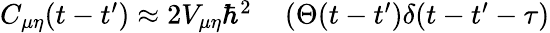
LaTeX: \begin{array}{rl}{C_{\mu\eta}(t-t^{\prime})\approx 2V_{\mu\eta}\hbar^{2}}&{{}\left(\Theta(t-t^{\prime})\delta(t-t^{\prime}-\tau)\right.}\end{array}